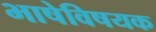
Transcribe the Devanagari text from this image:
भाषेविषयक